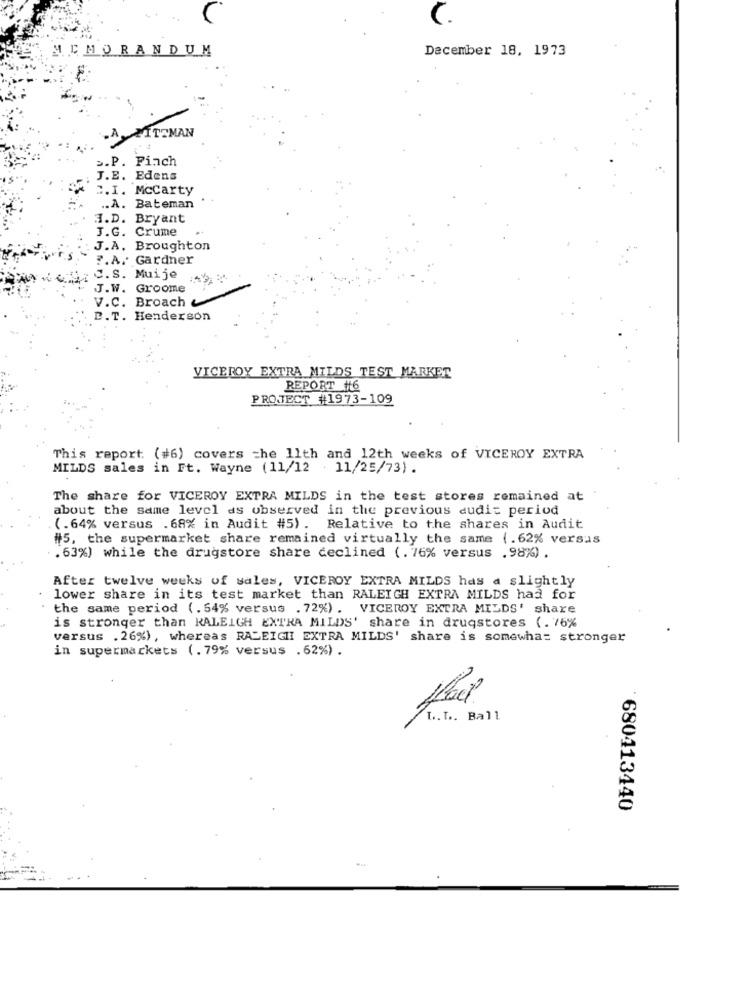
C.
MEMORANDUM
December 18, 1973
.A.MITZMAN
s.P. Pinch
J.E. Edens
2.I. Mccarty
.. A. Bateman
I.D. Bryant
J.G. Crume
J.A. Broughton
F.A. Gardner
C.S. Muije
J.W. Groome
V.C. Broach &
P.T. Henderson
VICEROY EXTRA MILDS TEST MARKET
REPORT #6
PROJECT #1973-109
This report. (#6) covers =he llth and 12th weeks of VICEROY EXTRA
MILDS sales in Ft. Wayne (11/12 . 11/25/73).
The share for VICEROY EXTRA MILDS in the test stores remained at
about the same level as observed in the previous audit period
(.64% versus . 68% in Audit #5) . Relative to the shares in Audit
#5, the supermarket share remained virtually the same (.62% versus
. 63%) while the drugstore share declined (. 76% versus . 98%) .
After twelve weeks of sales, VICEROY EXTRA MILDS has a slightly
lower share in its test market than RALEIGH EXTRA MILDS had for
the same period (.54% versus . 72%) . VICEROY EXTRA MILDS' share
is stronger than RALEIGH EXTRA MILDS' share in drugstores (. 76%
versus . 26%) , whereas RALEIGH EXTRA MILDS' share is somewhat stronger
in supermarkets (.79% versus .62%) .
fact
T.T. Ball
680413440